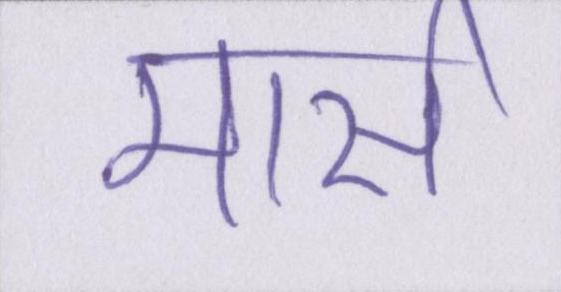
मार्स